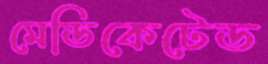
মেডিকেটেড